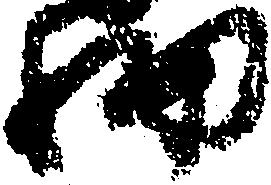
細